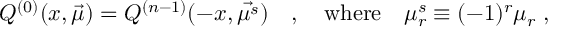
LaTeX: Q ^ { ( 0 ) } ( x , \vec { \mu } ) = Q ^ { ( n - 1 ) } ( - x , \vec { \mu ^ { s } } ) \quad , \quad \mathrm { w h e r e } \quad \mu _ { r } ^ { s } \equiv ( - 1 ) ^ { r } \mu _ { r } \; ,